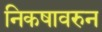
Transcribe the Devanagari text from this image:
निकषावरुन